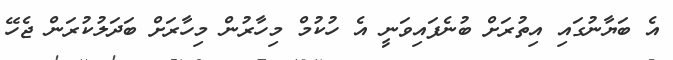
އެ ބަޔާނުގައި އިތުރަށް ބުނެފައިވަނީ އެ ހުކުމް މިހާރުން މިހާރަށް ބަދަލުކުރަން ޖެހޭ